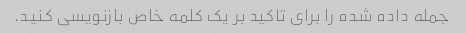
جمله داده شده را برای تاکید بر یک کلمه خاص بازنویسی کنید.